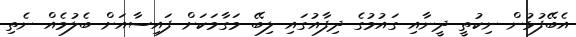
އެބޭފުޅުން ނިކުތީ ދީނާއި ގައުމުގެ ދިފާއުގައި ލިބޭ މަގާމަކަށް ފައިސާއަށް ބެލުމެއް ނެތި